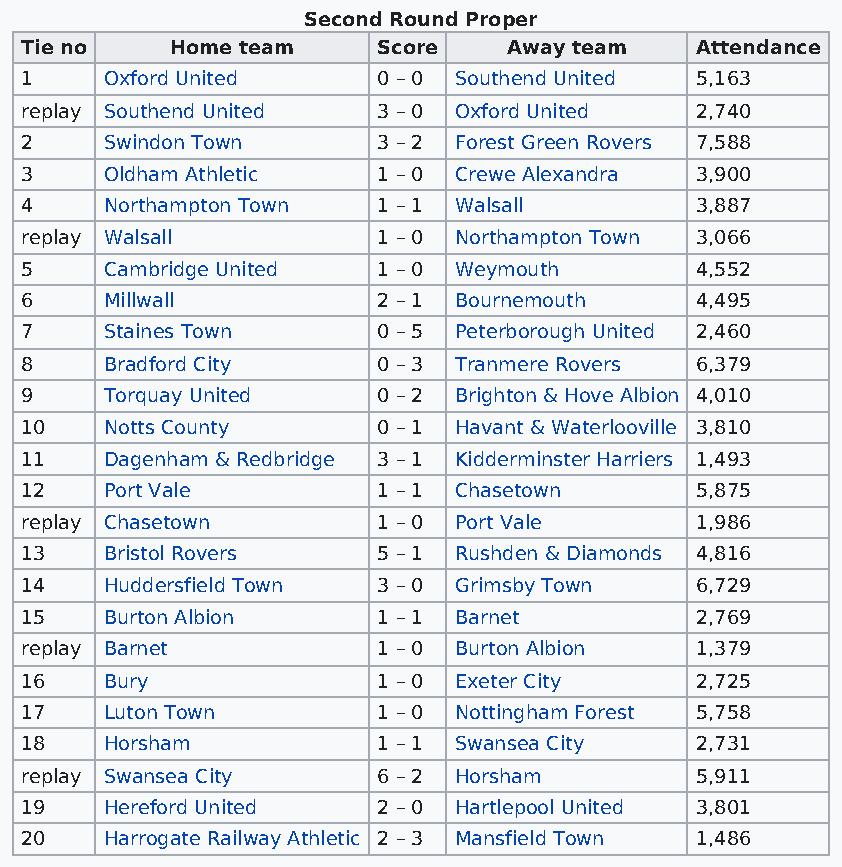
Second Round Proper
 Tie no    Home team     Score    Away team   Attendance
 1     Oxford United     0 – 0 Southend United 5,163
 replay Southend United  3 – 0 Oxford United  2,740
 2     Swindon Town      3 – 2 Forest Green Rovers 7,588
 3     Oldham Athletic   1 – 0 Crewe Alexandra 3,900
 4     Northampton Town  1 – 1 Walsall        3,887
 replay Walsall          1 – 0 Northampton Town 3,066
 5     Cambridge United  1 – 0 Weymouth       4,552
 6     Millwall          2 – 1 Bournemouth    4,495
 7     Staines Town      0 – 5 Peterborough United 2,460
 8     Bradford City     0 – 3 Tranmere Rovers 6,379
 9     Torquay United    0 – 2 Brighton & Hove Albion 4,010
 10    Notts County      0 – 1 Havant & Waterlooville 3,810
 11    Dagenham & Redbridge 3 – 1 Kidderminster Harriers 1,493
 12    Port Vale         1 – 1 Chasetown      5,875
 replay Chasetown        1 – 0 Port Vale      1,986
 13    Bristol Rovers    5 – 1 Rushden & Diamonds 4,816
 14    Huddersfield Town 3 – 0 Grimsby Town   6,729
 15    Burton Albion     1 – 1 Barnet         2,769
 replay Barnet           1 – 0 Burton Albion  1,379
 16    Bury              1 – 0 Exeter City    2,725
 17    Luton Town        1 – 0 Nottingham Forest 5,758
 18    Horsham           1 – 1 Swansea City   2,731
 replay Swansea City     6 – 2 Horsham        5,911
 19    Hereford United   2 – 0 Hartlepool United 3,801
 20    Harrogate Railway Athletic 2 – 3 Mansfield Town 1,486